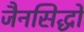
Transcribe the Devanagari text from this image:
जैनसिद्धों